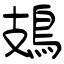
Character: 鳷